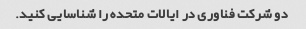
دو شرکت فناوری در ایالات متحده را شناسایی کنید.